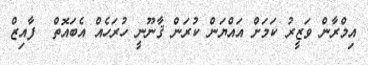
އިމްރާން ވަޒީރު ކަމަށް އައްޔަން ކުރަން ޤާނޫނީ ހުރަހެއް އެބައޮތް  ފާއިޒް